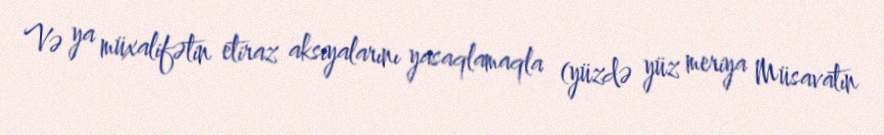
Və ya müxalifətin etiraz aksiyalarını yasaqlamaqla (yüzdə yüz meriya Müsavatın